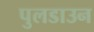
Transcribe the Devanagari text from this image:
पुलडाउन